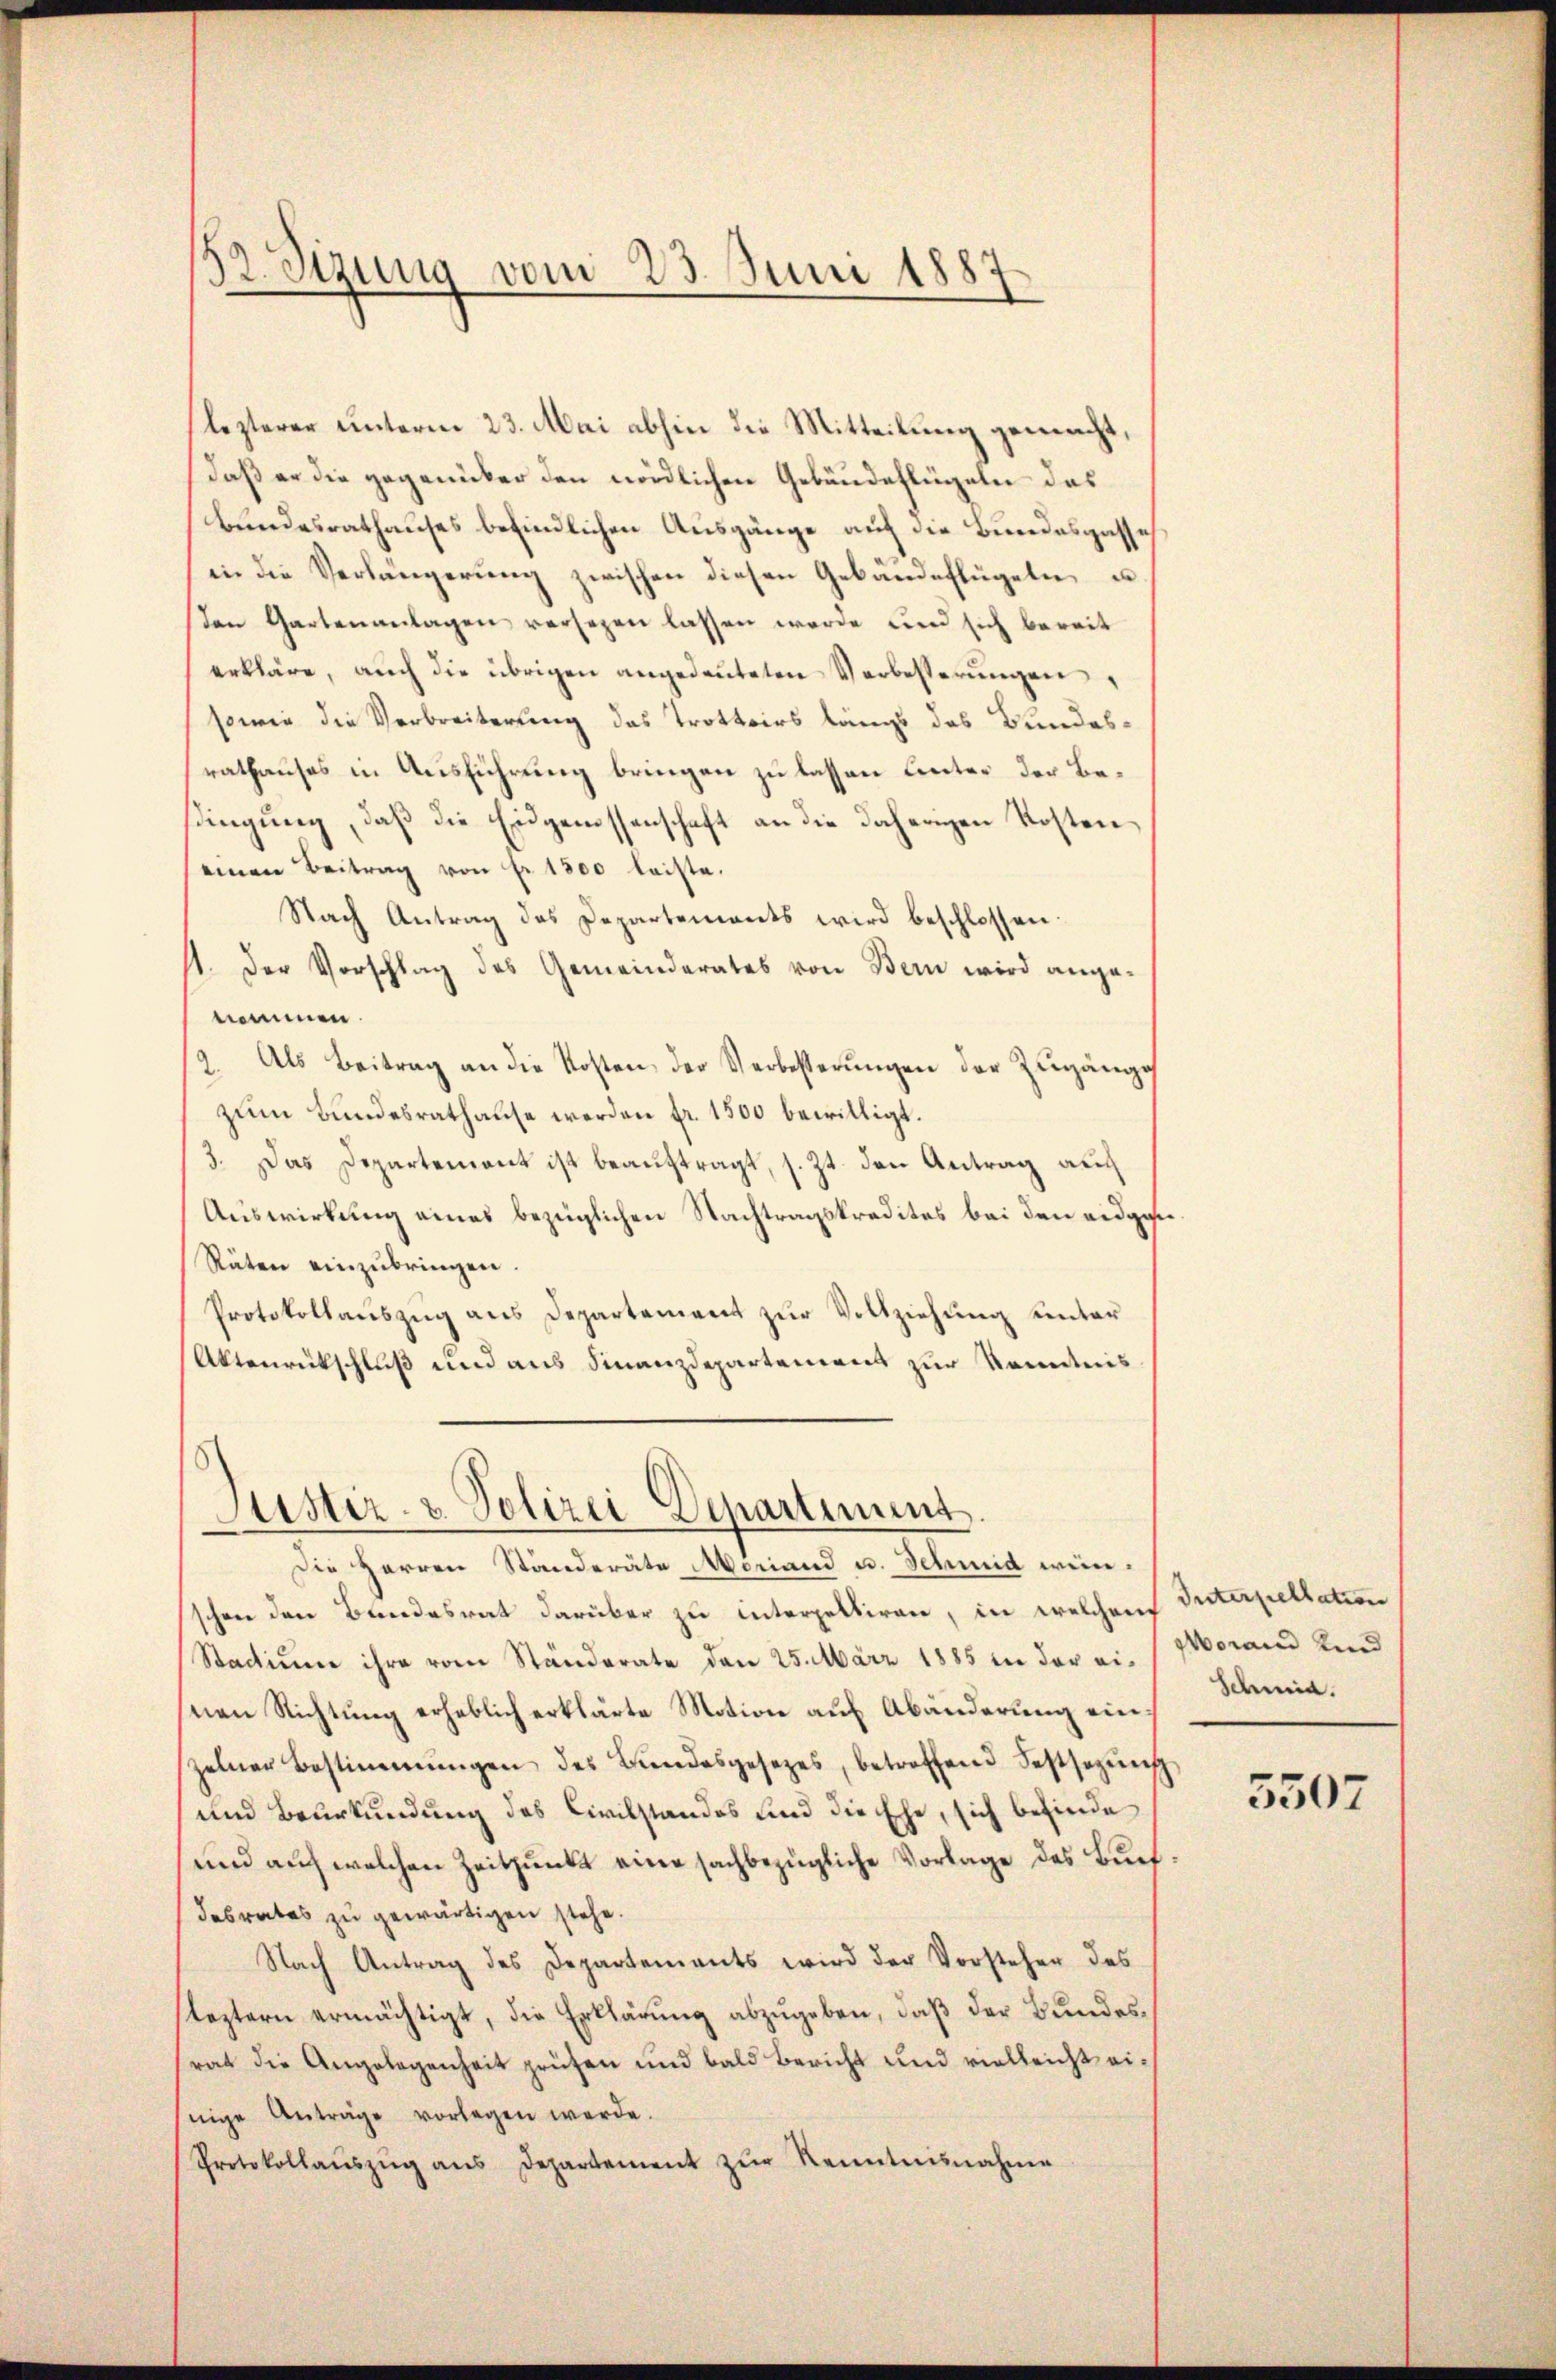
B Sizung vom 23. Juni 1887

lezterer unterm 23. Mai abhin die Mitteilung gemacht,
daß er die gegenüber den nördlichen Gebäudeflügeln das
Bundesrathauses befindlichen Ausgänge auf die Bundesgasse
in die Verlängerung zwischen diesen Gebäudeflügeln u.
den Gartenanlagen versezen lassen werde und sich bereit
erkläre, auch die übrigen angedeuteten Verbesserungen
sowie die Verbreiterung das Trottoirs längs das Bundesrathauses in Ausführung bringen zu lassen unter der Bedingung, daß die Eidgenossenschaft an die daherigen Kosten
einen Beitrag von Fr. 1800 leiste.
Nach Antrag des Departements wird beschlossen:
11. Der Vorschlag des Gemeinderates von Bern wird angenommen.
2. Als Beitrag an die Kosten der Verbesterŭngen der Zugängi
zum Bundesrathause werden fr. 1500 bewilligt.
3. Das Departement ist beauftragt, s. Zt. den Antrag auch
Auswirkung eines bezüglichen Nachtragskredites bei den eidge¬
Räten einzŭbringen.
Protokollauszug aus Departement zur Vollziehung unter
Aktenrückschluß und aus Finanzdepartement zur Kenntnis

Jüster- & Polizei Departement.
Die Herren Ständeräte Meriand u. Schmid wein¬

schen den Bandesrat darüber zu interpelliren, in welchem Interpellation
Stadium ihre vom Ständerate den 25. März 1885 in der ein Woraus Kind
nen Richtung erheblich erklärte Motion auf Abänderung einzelner Bestimmungen des Bŭndesgesetzes, betreffend Festsezŭng
und Beurkundung des Civilstandos und die Ehe, sich befinde
und auf welchen Zeitpunkt eine sachbezügliche Vorlage des Buchdesrates zu gewärtigen stehe.
Nach Antrag des Departements wird der Vorstehen des
leztern ermächtigt, die Erklärung abzugeben, daß der Bundesrat die Angelegenheit prüfen und bald Bericht und vielleicht einige Anträge vorlegen werde.
Protokollaŭszŭg ans Departement zŭr Kenntnisnahme

Schmid.

5507